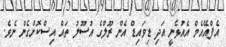
އެފްއޭއެމް އެއުޅެނީ އަދި ޑިވައިޑް އެން ރޫލްގެ އުސޫލު ތައް އިސްކޮށްގެން ނެވެ.